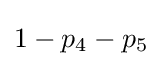
1-p_{4}-p_{5}